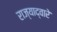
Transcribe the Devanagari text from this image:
राज्याद्वारे